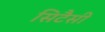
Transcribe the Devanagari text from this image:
सिटैसी